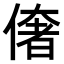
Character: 𠍽